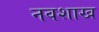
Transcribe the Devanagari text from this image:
नवशाख